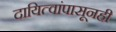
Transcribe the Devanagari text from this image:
दायित्वांपासूनही